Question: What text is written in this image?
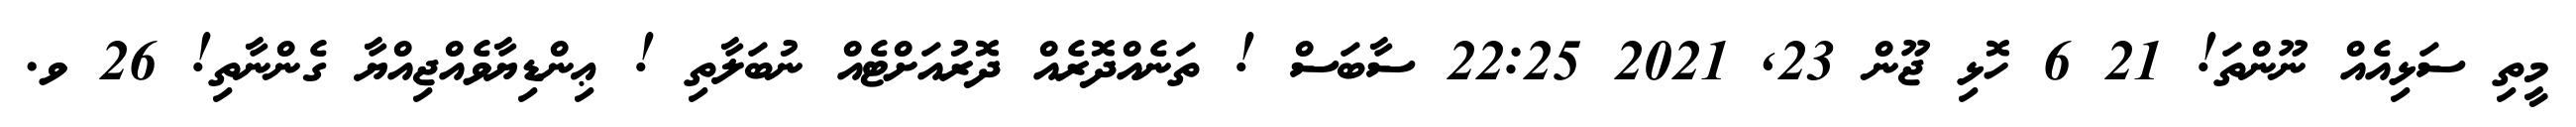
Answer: މީތި ސަޅިއެއް ނޫންތަ! 21 6 ހޮޅި ޖޫން 23, 2021 22:25 ސާބަސް ! ތަނެއްދޮރެއް ދޮރުއަށްޓެއް ނުބަލާތި ! ޢިންޑިޔާވެއްޖިއްޔާ ގެންނާތި! 26 ވ.